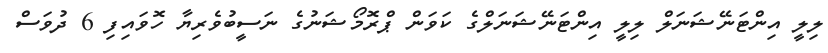
ލިލީ އިންޓަނޭޝަނަލް ލިލީ އިންޓަނޭޝަނަލްގެ ކަވަން ޕްރޮމޯޝަނުގެ ނަސީބުވެރިޔާ ހޮވައިފި 6 ދުވަސް